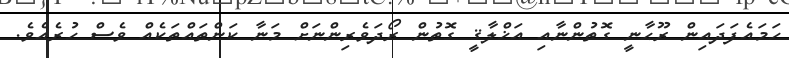
ހަމައެފަދައިން ރޫޙާނީ ގޮތުންނާއި އަޚްލާޤީ ގޮތުން ރޯދަވެރިންނަށް މަނާ ކަންތައްތަކެއް ވެސް ހުރެއެވެ.